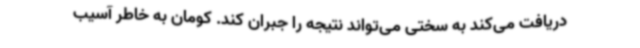
دریافت می‌کند به سختی می‌تواند نتیجه را جبران کند. کومان به خاطر آسیب